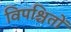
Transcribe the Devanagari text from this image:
विपश्चितों